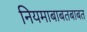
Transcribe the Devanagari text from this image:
नियमाबाबतबाबत